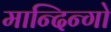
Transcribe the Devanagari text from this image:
मान्दिन्गो